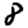
Digit: 8